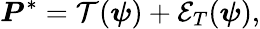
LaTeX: \boldsymbol{P}^{*}=\mathcal{T}(\boldsymbol{\psi})+\mathcal{E}_{T}(\boldsymbol{\psi}),